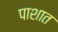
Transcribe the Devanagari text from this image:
पाशात